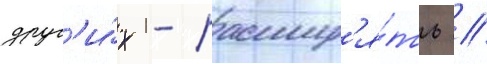
друг'и́х - расшир'я́ть //